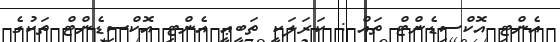
އެންޓި އޮކްސިޑެންޓް ތައް : ކަރަލަކީ ތަބީޢީ އެންޓި އޮކްސިޑެންޓް ތަކުގެ